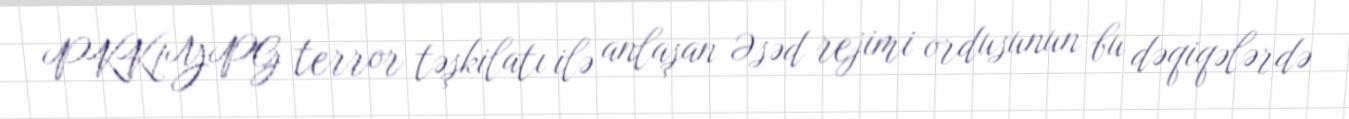
PKK/YPG terror təşkilatı ilə anlaşan Əsəd rejimi ordusunun bu dəqiqələrdə